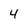
Character: 4